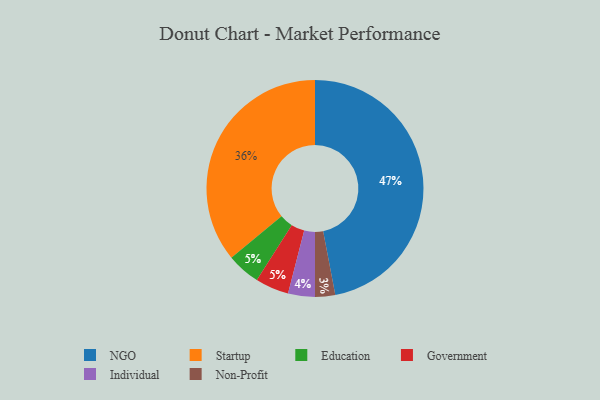
{"axis": {"x": "Category", "y": "Percentage"}, "legend": ["Education", "Government", "Individual", "NGO", "Non-Profit", "Startup"], "data": [{"x": "Non-Profit", "y": 3, "type": "Non-Profit"}, {"x": "Education", "y": 5, "type": "Education"}, {"x": "Startup", "y": 36, "type": "Startup"}, {"x": "NGO", "y": 47, "type": "NGO"}, {"x": "Individual", "y": 4, "type": "Individual"}, {"x": "Government", "y": 5, "type": "Government"}]}